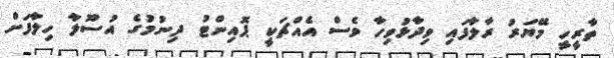
ތާރީހީ މޭޔަރު ރާލާފައި ވިދާޅުވިހާ ވެސް އެއްޗަކީ ޕޮއިންޓު ދިނުމުގެ އުސޫލާ ހިލާފަށް